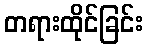
တရားထိုင်ခြင်း